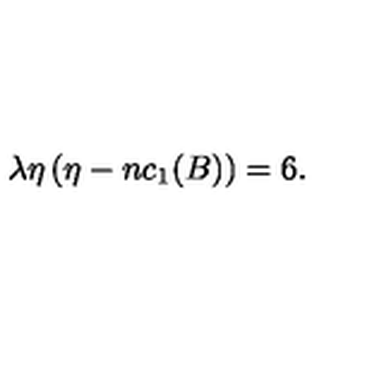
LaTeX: \lambda \eta \left( \eta - n c _ { 1 } ( B ) \right) = 6 .